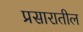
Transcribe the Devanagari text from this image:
प्रसारातील